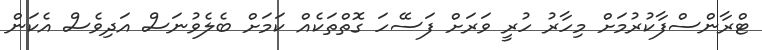
ޓްރާންސްފާކުރުމަށް މިހާރު ހުރީ ވަރަށް ފަސޭހަ ގޮތްތަކެއް ކަމަށް ބެލެވުނަސް އަދިވެސް އެކަން